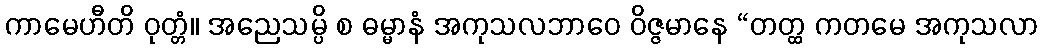
ကာမေဟီတိ ဝုတ္တံ။ အညေသမ္ပိ စ ဓမ္မာနံ အကုသလဘာဝေ ဝိဇ္ဇမာနေ “တတ္ထ ကတမေ အကုသလာ